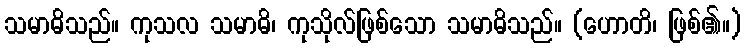
သမာဓိသည်။ ကုသလ သမာဓိ၊ ကုသိုလ်ဖြစ်သော သမာဓိသည်။ (ဟောတိ၊ ဖြစ်၏။)